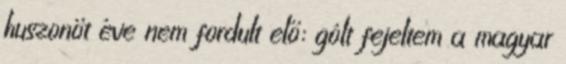
huszonöt éve nem fordult elő: gólt fejeltem a magyar